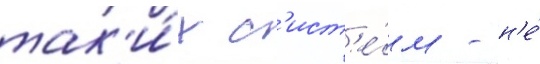
так'и́х с'ист'е́м - н'е́